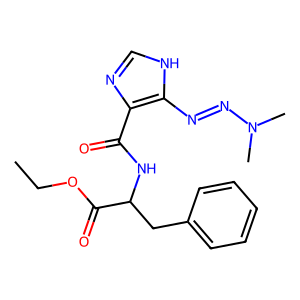
SMILES: CCOC(=O)C(Cc1ccccc1)NC(=O)c1nc[nH]c1N=NN(C)C
Inhibits HIV replication: No